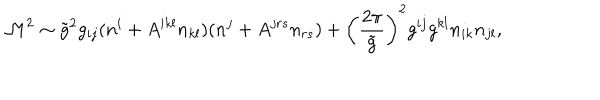
{ \cal M } ^ { 2 } \sim \tilde { g } ^ { 2 } g _ { i j } ( n ^ { i } + A ^ { i k l } n _ { k l } ) ( n ^ { j } + A ^ { j r s } n _ { r s } ) + \left( \frac { 2 \pi } { \tilde { g } } \right) ^ { 2 } g ^ { i j } g ^ { k l } n _ { i k } n _ { j l } ,